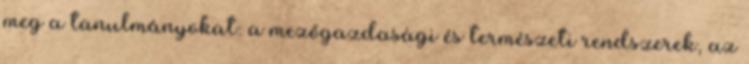
meg a tanulmányokat: a mezőgazdasági és természeti rendszerek, az